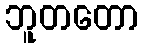
ဘူတတော